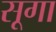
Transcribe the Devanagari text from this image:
सूगा